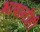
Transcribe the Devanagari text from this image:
भाषांनीही